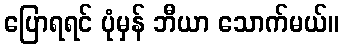
ပြောရရင် ပုံမှန် ဘီယာ သောက်မယ်။